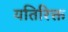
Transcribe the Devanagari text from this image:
यतिरिक्त